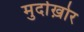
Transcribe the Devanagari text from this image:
मुर्दाख़ोर